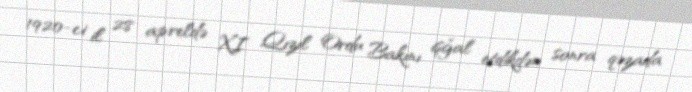
1920-ci il 28 apreldə XI Qızıl Ordu Bakını işğal etdikdən sonra qəzada